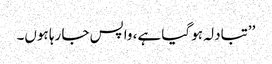
’’تبادلہ ہو گیا ہے، واپس جا رہا ہوں۔